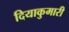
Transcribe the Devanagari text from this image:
दियाकुमारी